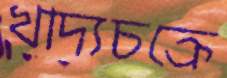
খাদ্যচক্রে